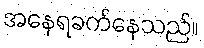
အနေရခက်နေသည်။